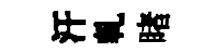
汗軋睹